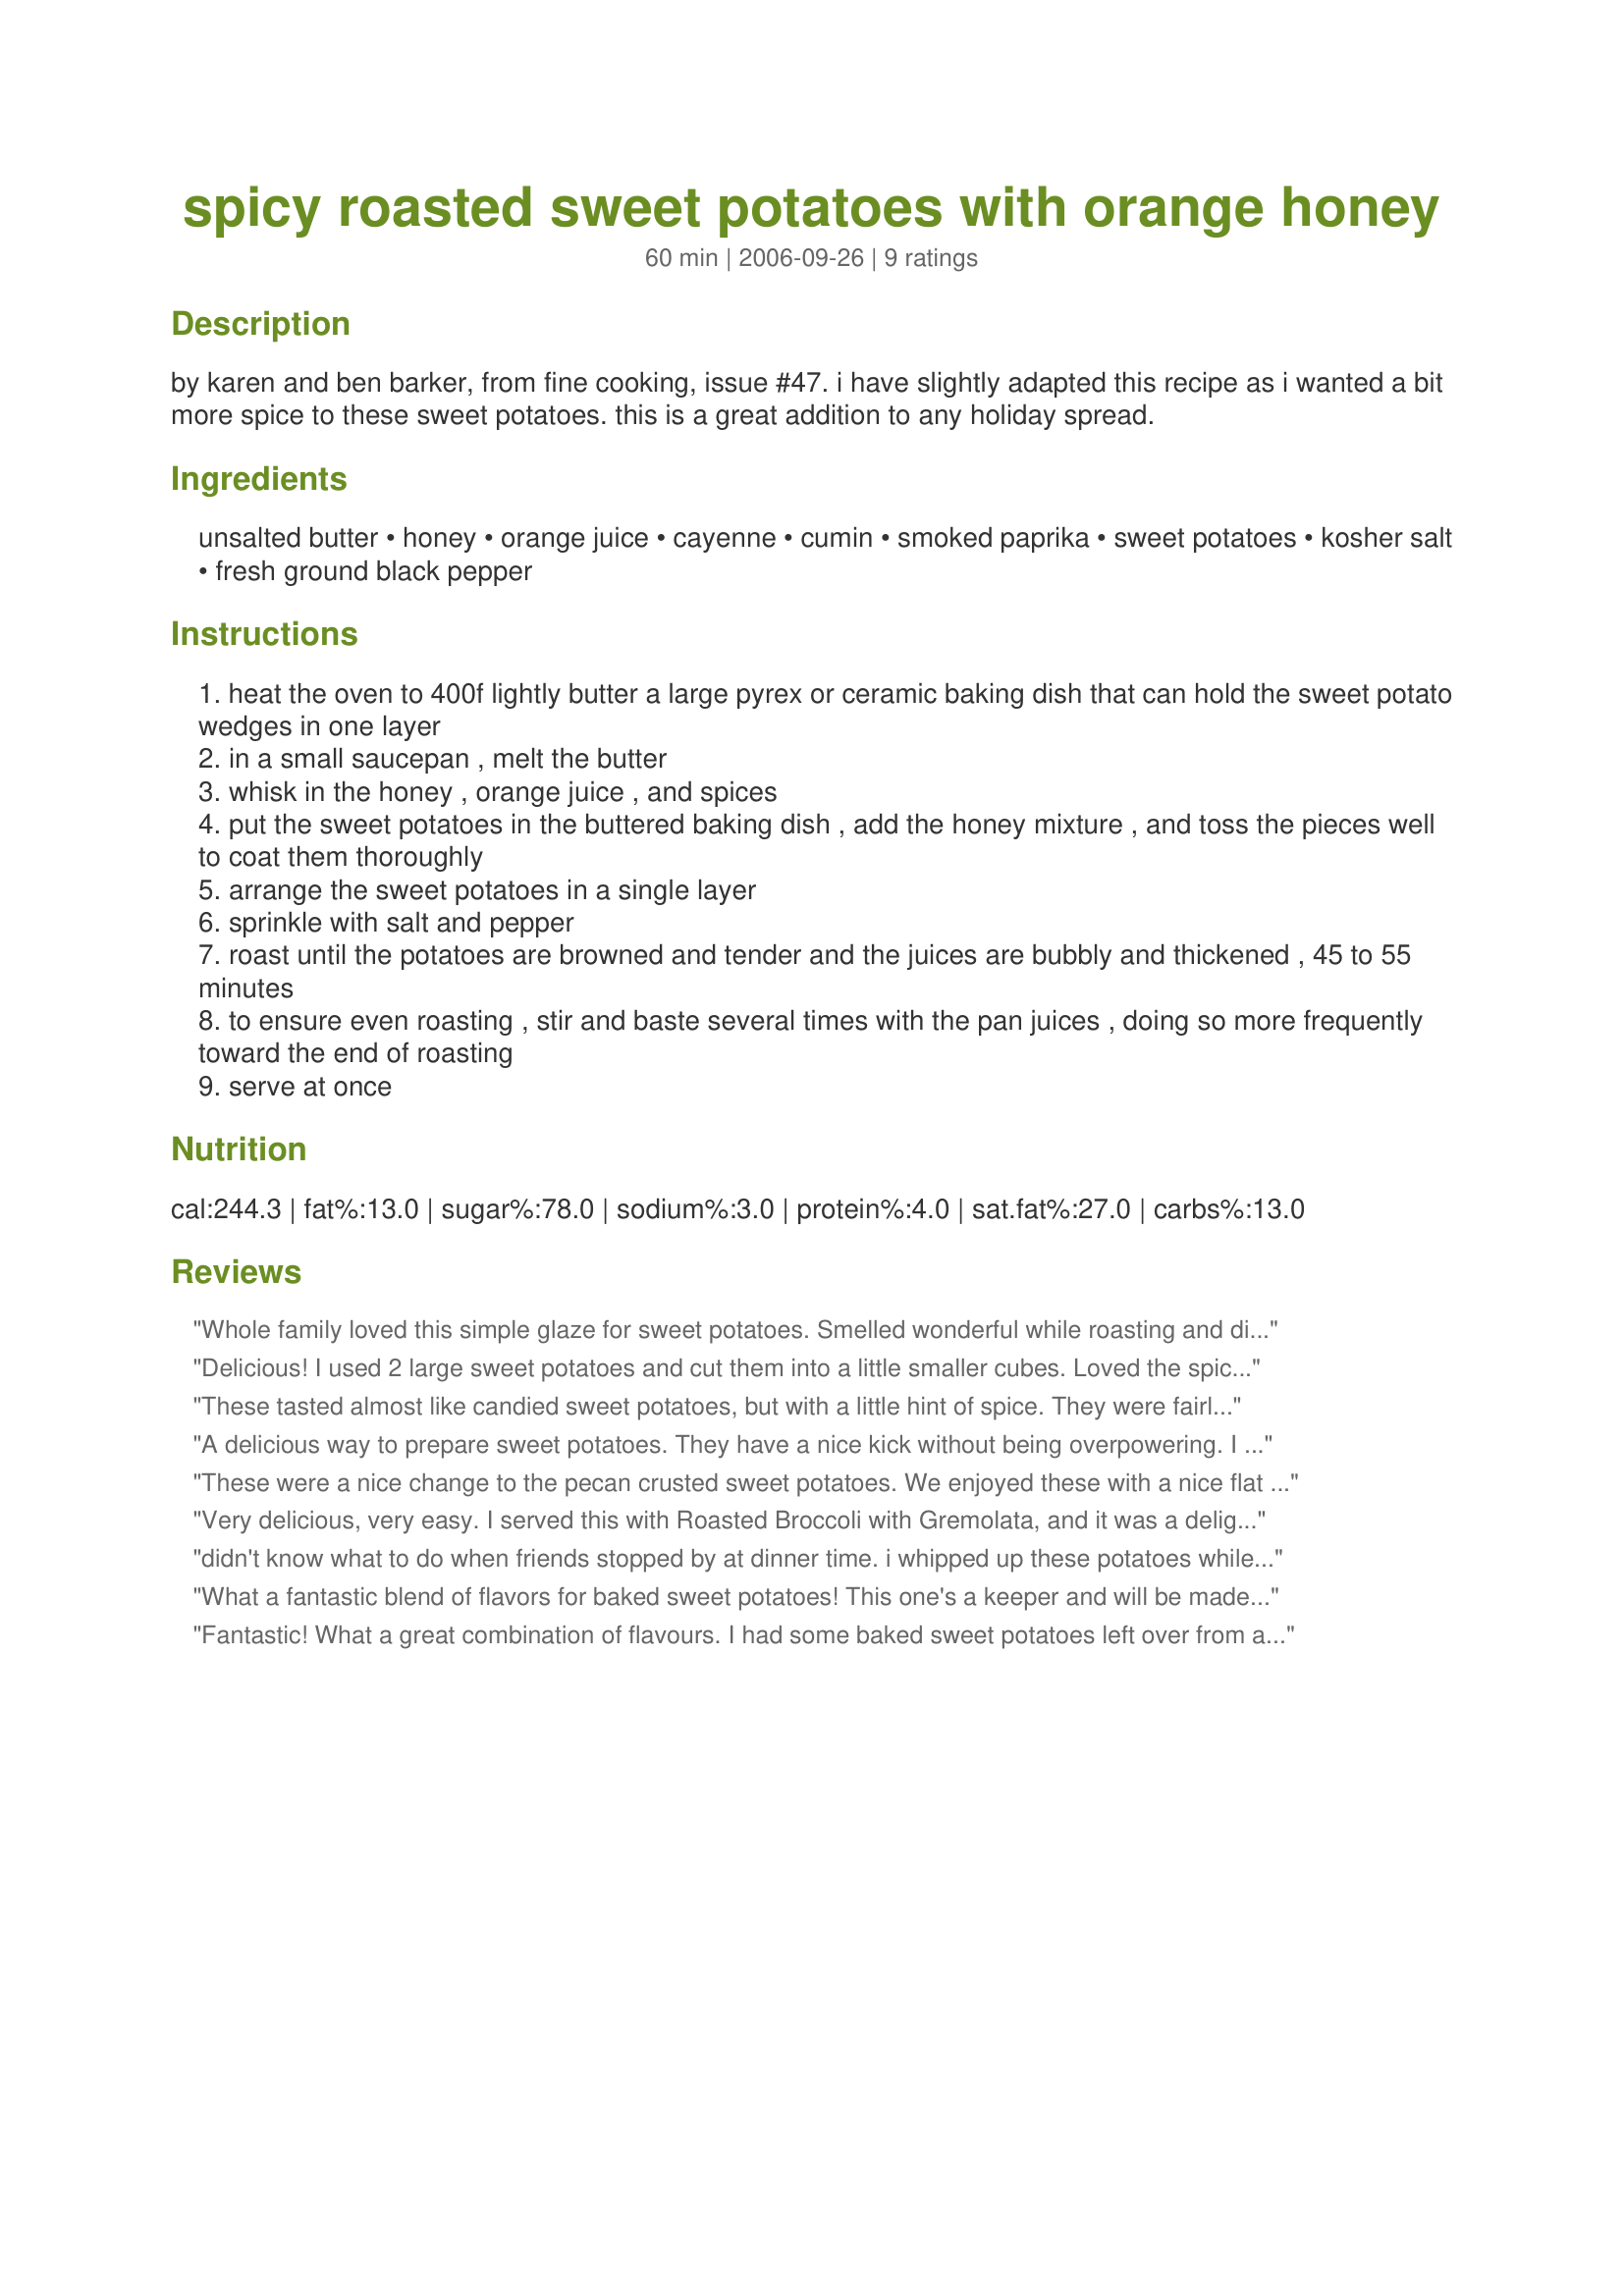
spicy roasted sweet potatoes with orange honey
Preparation time: 60 minutes

by karen and ben barker, from fine cooking, issue #47. i have slightly adapted this recipe as i wanted a bit more spice to these sweet potatoes. this is a great addition to any holiday spread.

Ingredients:
unsalted butter, honey, orange juice, cayenne, cumin, smoked paprika, sweet potatoes, kosher salt, fresh ground black pepper

Steps:
heat the oven to 400f lightly butter a large pyrex or ceramic baking dish that can hold the sweet potato wedges in one layer
in a small saucepan , melt the butter
whisk in the honey , orange juice , and spices
put the sweet potatoes in the buttered baking dish , add the honey mixture , and toss the pieces well to coat them thoroughly
arrange the sweet potatoes in a single layer
sprinkle with salt and pepper
roast until the potatoes are browned and tender and the juices are bubbly and thickened , 45 to 55 minutes
to ensure even roasting , stir and baste several times with the pan juices , doing so more frequently toward the end of roasting
serve at once

Reviews:
Whole family loved this simple glaze for sweet potatoes. Smelled wonderful while roasting and did not disappoint once on the table either. Thank you for sharing!
Delicious! I used 2 large sweet potatoes and cut them into a little smaller cubes. Loved the spicy flavors, and will make this again. Thanks!
These tasted almost like candied sweet potatoes, but with a little hint of spice. They were fairly easy and cooked in about 45 minutes in my oven. I cut mine smaller than the recipe instructed, however.
A delicious way to prepare sweet potatoes. They have a nice kick without being overpowering. I used less butter than called for and regular paprika. Next time around I think I will reduce the cumin by half as it was a little to strong for my taste. Over all a delicious side.
These were a nice change to the pecan crusted sweet potatoes. We enjoyed these with a nice flat iron steak & potato bread. I personally would have added a bit more orange juice, but the BH loved them as was. These were pretty easy to do. We did change the directions and microwaved in the roasting dish the first 6 ingredients and added a tad more butter. Worked out great. Will be keeping this one.
Very delicious, very easy. I served this with Roasted Broccoli with Gremolata, and it was a delightful hearty vegetarian meal.
didn't know what to do when friends stopped by at dinner time. i whipped up these potatoes while hubby bbq'd chicken and everyone raved and demanded the recipe for the potatoes!
What a fantastic blend of flavors for baked sweet potatoes! This one's a keeper and will be made often. Thanks!
Fantastic! What a great combination of flavours. I had some baked sweet potatoes left over from a BBQ so I adapted the recipe a little bit and sauteed the sweet potatoes in a skillet with all that delicious seasoned butter mmmm....and orange juice. Just like the recipe stated but skillet instead of oven and the sweet potatoes already baked. Thank Evelyn!!!
